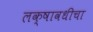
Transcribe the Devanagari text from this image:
लक्षावधीचा